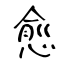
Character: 愈